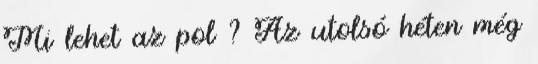
Mi lehet az pol ? Az utolsó héten még